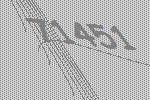
71451